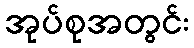
အုပ်စုအတွင်း